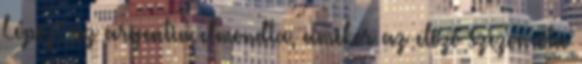
López: az argentin elmondta, amikor az előző szezon óta